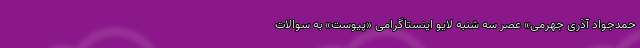
حمدجواد آذری جهرمی» عصر سه شنبه لایو اینستاگرامی «پیوست» به سوالات